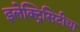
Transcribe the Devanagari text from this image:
इलेक्ट्रिसिटीचा